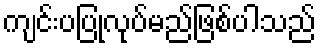
ကျင်းပပြုလုပ်မည်ဖြစ်ပါသည်